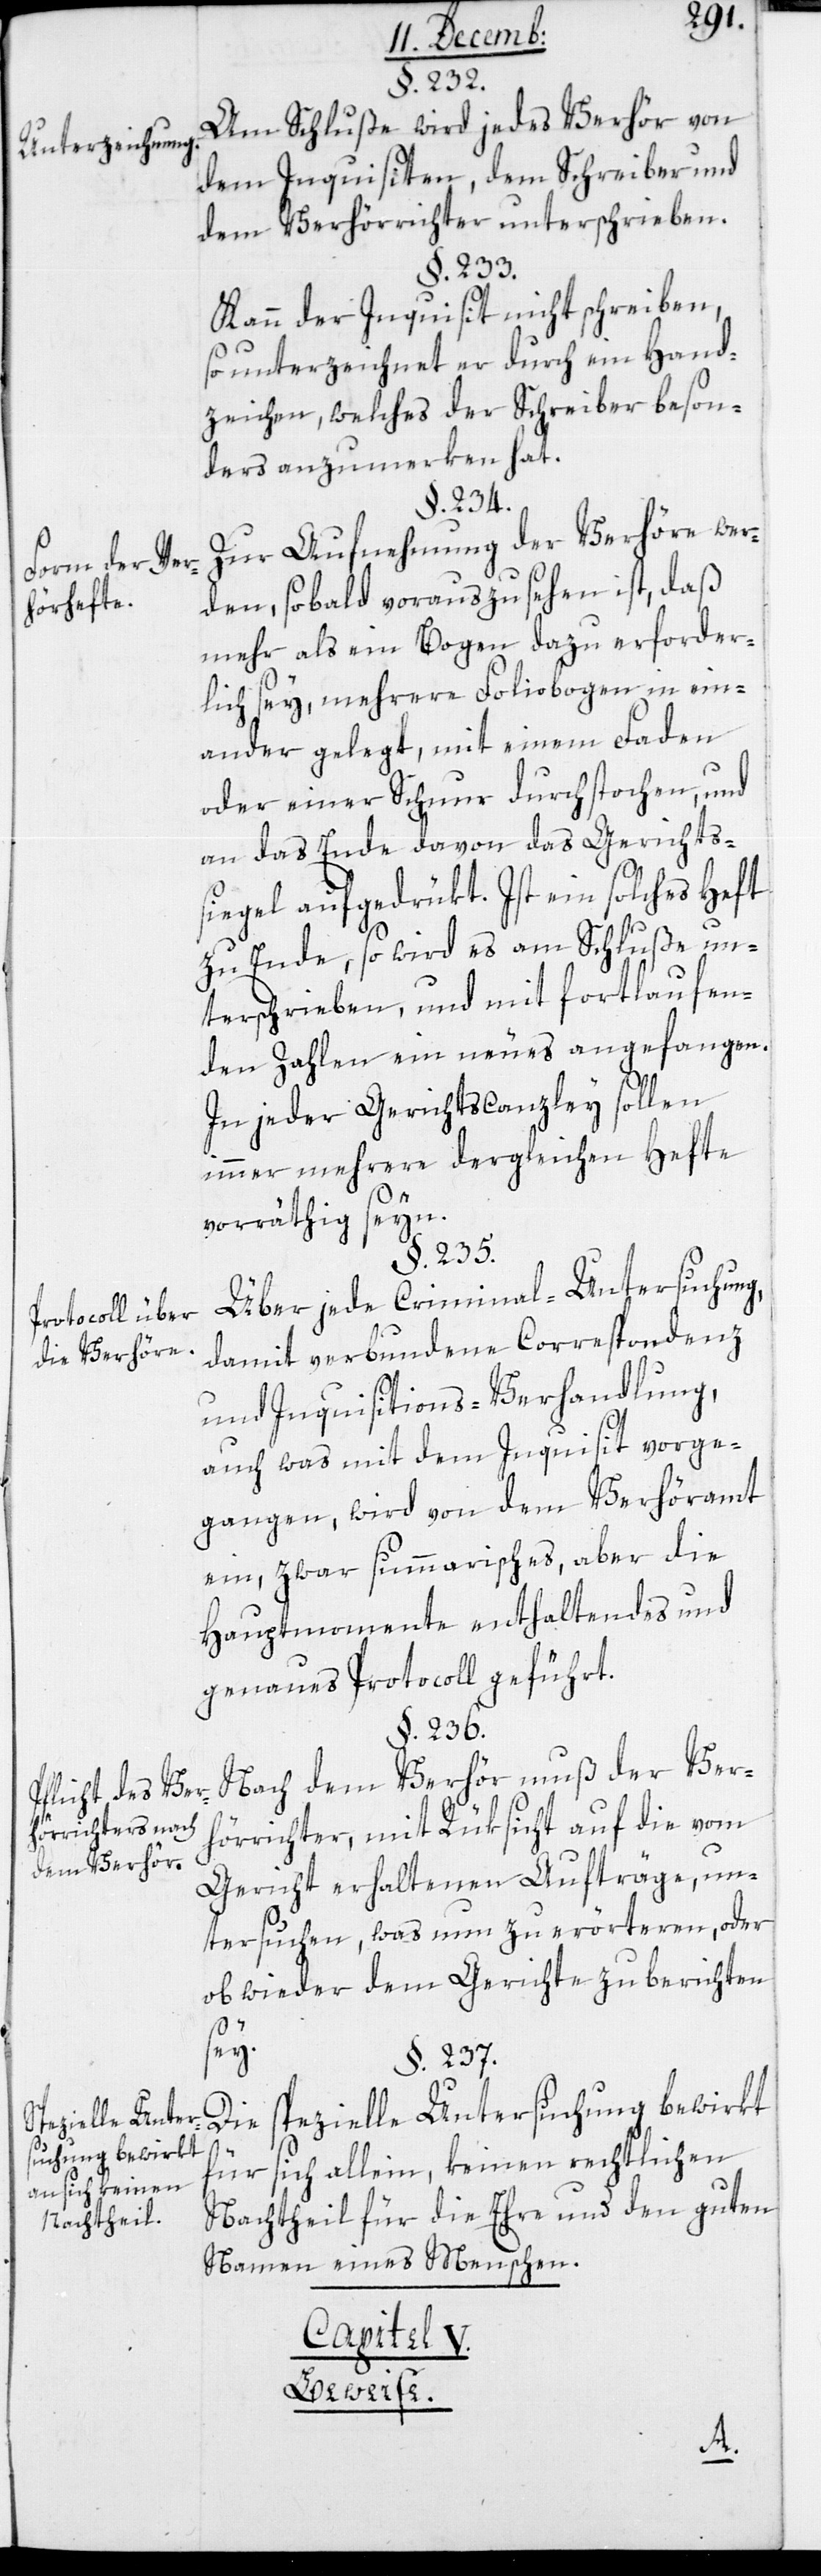
Unterzeichnung.
Form der Ver¬
hörhefte.
Protocoll über
die Verhöre.
Pflicht des Verh¬
örrichters nach
dem Verhör.
Spezielle Unte¬
rsuchung bewirkt
an sich keinen
Nachtheil.

§. 232.
Am Schluße wird jedes Verhör von
dem Inquisiten, dem Schreiber und
dem Verhörrichter unterschrieben.
§. 233.
Kann der Inquisit nicht schreiben,
so unterzeichnet er durch ein Hand¬
zeichen, welches der Schreiber beson¬
ders anzumerken hat.
§. 234.
Zur Aufnehmung der Verhöre wer¬
den, sobald vorauszusehen ist, daß
mehr als ein Bogen dazu erforder¬
lich sey, mehrere Foliobogen in ein¬
ander gelegt, mit einem Faden
oder einer Schnur durchstochen und
an das Ende davon das Gerichts¬
siegel aufgedrükt. Ist ein solches Heft
zu Ende, so wird es am Schluße un¬
terschrieben, und mit fortlaufen¬
den Zahlen ein neues angefangen.
In jeder Gerichtskanzlei sollen
immer mehrere dergleichen Hefte
vorrätig seyn.
§. 235.
Über jede Criminal-Untersuchung,
damit verbundene Correrspondenz
und Inquisitions-Verhandlung,
auch was mit dem Inquisit vorge¬
gangen, wird von dem Verhöramt
ein, zwar summarisches, aber die
Hauptmomente enthaltendes und
genaues Protocoll geführt.
§. 236.
Nach dem Verhör muß der Ver¬
hörrichter, mit Rüksicht auf die vom
Gericht erhaltenen Aufträge, un¬
tersuchen, was nun zu erörteren oder
ob wieder dem Gerichte zu berichten
sey.
§. 237.
Die spezielle Untersuchung bewirkt
für sich allein, keinen rechtlichen
Nachtheil für die Ehre und den guten
Namen eines Menschen.
Capitel V.
Beweise.